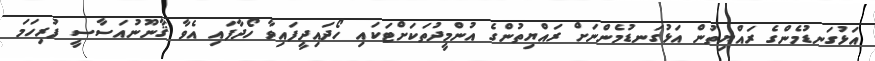
އަޅުގަނޑުމެންގެ ރައްޔިތުން އަޅުގަނޑުމެންނަށް ރައްޔިތުންގެ އުންމީދުތަކަށްޓަކައި ހޯދައިދީފައިވާ ހޯދާފައި އެވާ ޤާނޫނުއަސާސީ ފުރިހަމަ